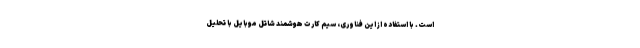
است. با استفاده از این فناوری، سیم کارت هوشمند شاتل موبایل با تحلیل